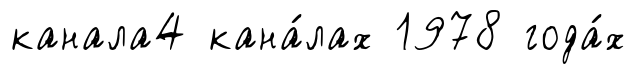
канала4 кана́лах 1978 года́х